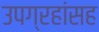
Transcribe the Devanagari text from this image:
उपग्रहांसह